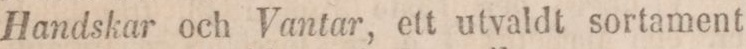
Handskar och Vantar, ett utvaldt sortament.